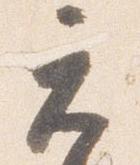
元